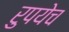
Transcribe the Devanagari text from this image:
रुपयेच